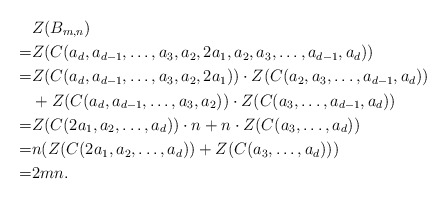
\begin{align*} &Z(B_{m,n}) \\=&Z(C(a_d,a_{d-1},\ldots,a_3,a_2,2a_1,a_2,a_3,\ldots,a_{d-1},a_d))\\=&Z(C(a_d,a_{d-1},\ldots,a_3,a_2,2a_1))\cdot Z(C(a_2,a_3,\ldots,a_{d-1},a_d))\\&+Z(C(a_d,a_{d-1},\ldots,a_3,a_2))\cdot Z(C(a_3,\ldots,a_{d-1},a_d))\\=&Z(C(2a_1,a_2,\ldots,a_d))\cdot n+n\cdot Z(C(a_3,\ldots,a_d))\\=&n(Z(C(2a_1,a_2,\ldots,a_d))+ Z(C(a_3,\ldots,a_d)))\\=&2mn.\end{align*}